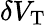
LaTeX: \delta V_{\mathrm{T}}